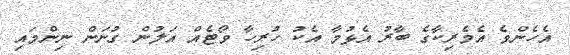
އެހެންވެ އެމެރިކާގެ ބާރު އެޅުމާ އެކު ހުރިހާ ވޯޓެއް އަލުން ގުނަން ނިންމައި